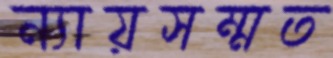
ন্যায়সম্মত